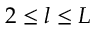
2 \le l \le L